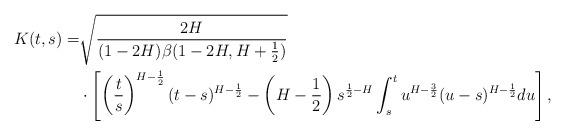
LaTeX: \begin{align*}\begin{aligned}K(t,s)= & \sqrt{\frac{2H}{(1-2H)\beta(1-2H,H+\frac{1}{2})}}\\ & \cdot\left[\left(\frac{t}{s}\right)^{H-\frac{1}{2}}(t-s)^{H-\frac{1}{2}}-\left(H-\frac{1}{2}\right)s^{\frac{1}{2}-H}\int_{s}^{t}u^{H-\frac{3}{2}}(u-s)^{H-\frac{1}{2}}du\right],\end{aligned}\end{align*}